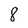
Character: 8